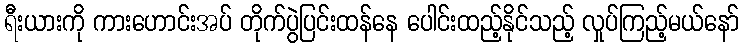
ရီးယားကို ကားဟောင်းအပ် တိုက်ပွဲပြင်းထန်နေ ပေါင်းထည့်နိုင်သည့် လှုပ်ကြည့်မယ်နော်